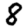
Digit: 8